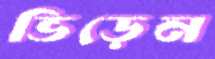
ভিড়েন